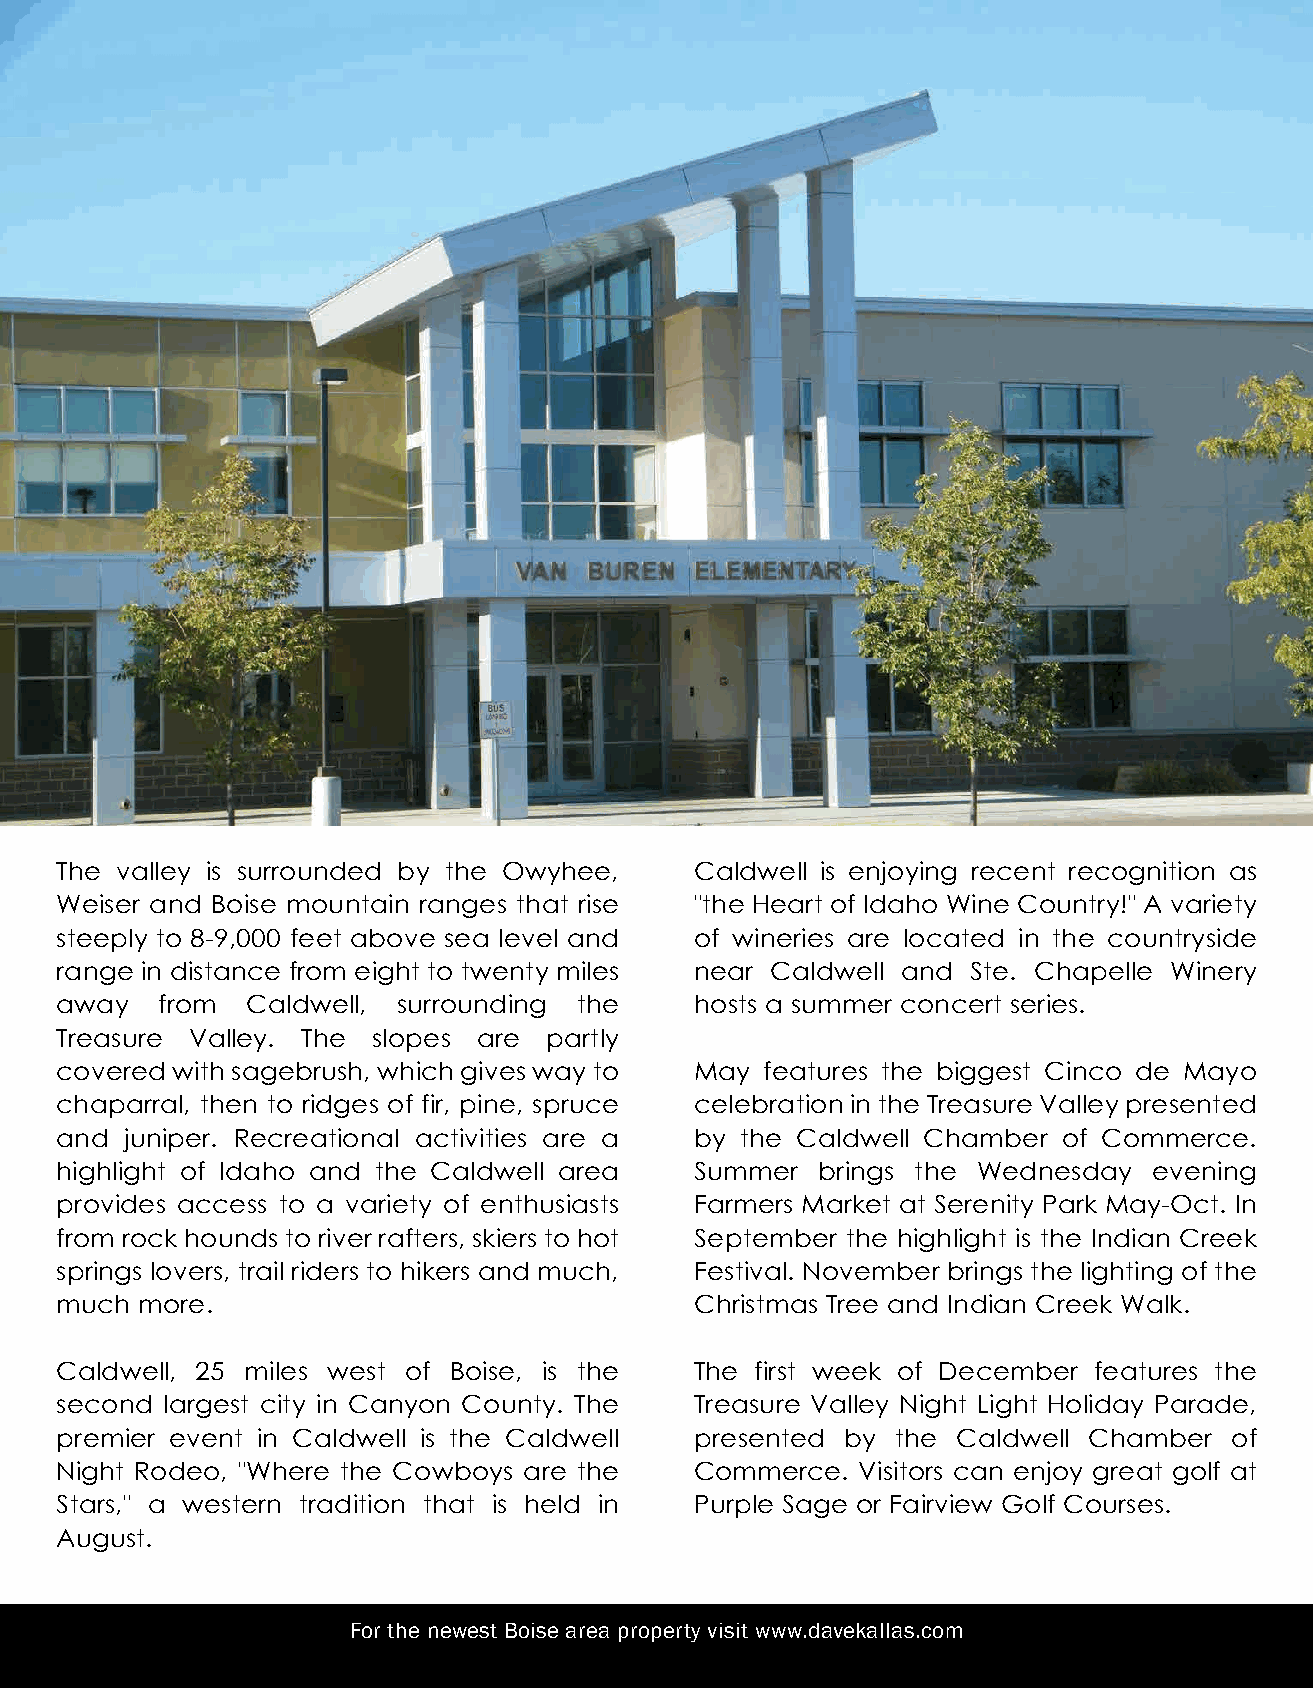
The valley is surrounded by the Owyhee,   Caldwell is enjoying recent recognition as
 Weiser and Boise mountain ranges that rise "the Heart of Idaho Wine Country!" A variety
 steeply to 8-9,000 feet above sea level and of wineries are located in the countryside
 range in distance from eight to twenty miles near Caldwell and Ste. Chapelle Winery
 away  from  Caldwell, surrounding the     hosts a summer concert series.
 Treasure Valley. The slopes are partly
 covered with sagebrush, which gives way to May features the biggest Cinco de Mayo
 chaparral, then to ridges of fir, pine, spruce celebration in the Treasure Valley presented
 and juniper. Recreational activities are a by the Caldwell Chamber of Commerce.
 highlight of Idaho and the Caldwell area  Summer  brings the Wednesday  evening
 provides access to a variety of enthusiasts Farmers Market at Serenity Park May-Oct. In
 from rock hounds to river rafters, skiers to hot September the highlight is the Indian Creek
 springs lovers, trail riders to hikers and much, Festival. November brings the lighting of the
 much more.                                Christmas Tree and Indian Creek Walk.
 Caldwell, 25 miles west of Boise, is the  The first week of December features the
 second largest city in Canyon County. The Treasure Valley Night Light Holiday Parade,
 premier event in Caldwell is the Caldwell presented by the Caldwell Chamber  of
 Night Rodeo, "Where the Cowboys are the   Commerce.  Visitors can enjoy great golf at
 Stars," a western tradition that is held in Purple Sage or Fairview Golf Courses.
 August.
 For the newest Boise area property visit www.davekallas.com